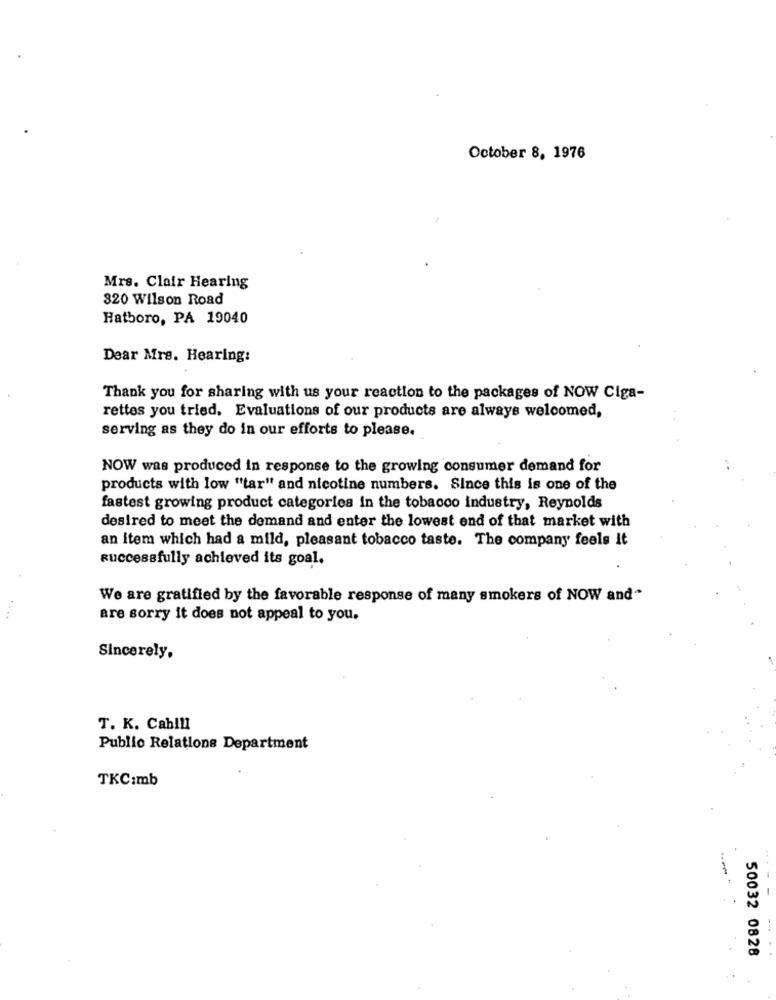
October 8, 1976
Mrs. Clair Hearing
320 Wilson Road
Hatboro, PA 19040
Dear Mrs. Hearing:
Thank you for sharing with us your reaction to the packages of NOW Ciga-
rettes you tried. Evaluations of our products are always welcomed,
serving as they do in our efforts to please.
NOW was produced in response to the growing consumer demand for
products with low "tar" and nicotine numbers. Since this is one of the
fastest growing product categories in the tobacco industry, Reynolds
desired to meet the demand and enter the lowest end of that market with
an item which had a mild, pleasant tobacco taste. The company feels it
successfully achieved its goal.
We are gratified by the favorable response of many smokers of NOW and"
are sorry it does not appeal to you.
Sincerely.
T. K. Cablll
Public Relations Department
TKC:mb
50032 0828